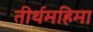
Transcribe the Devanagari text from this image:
तीर्थमहिमा